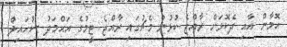
އޮމާން އާއި ދެކޮޅަށް ރާއްޖެ ކުޅުނު މެޗުގައި ރާއްޖެ ޓީމުގެ އަޙްމަދު ސުހައިލް